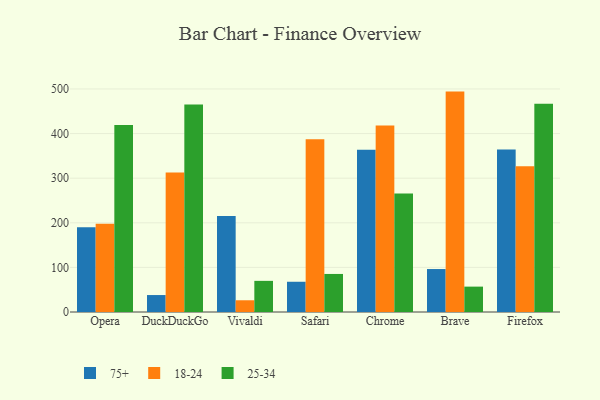
{"axis": {"x": "Browser", "y": "Churn Rate (%)"}, "legend": ["18-24", "25-34", "75+"], "data": [{"x": "Opera", "y": 189.8, "type": "75+"}, {"x": "Opera", "y": 197.9, "type": "18-24"}, {"x": "Opera", "y": 419.3, "type": "25-34"}, {"x": "DuckDuckGo", "y": 38.0, "type": "75+"}, {"x": "DuckDuckGo", "y": 313.0, "type": "18-24"}, {"x": "DuckDuckGo", "y": 465.0, "type": "25-34"}, {"x": "Vivaldi", "y": 215.1, "type": "75+"}, {"x": "Vivaldi", "y": 26.3, "type": "18-24"}, {"x": "Vivaldi", "y": 69.8, "type": "25-34"}, {"x": "Safari", "y": 67.8, "type": "75+"}, {"x": "Safari", "y": 387.4, "type": "18-24"}, {"x": "Safari", "y": 85.3, "type": "25-34"}, {"x": "Chrome", "y": 363.7, "type": "75+"}, {"x": "Chrome", "y": 418.1, "type": "18-24"}, {"x": "Chrome", "y": 265.8, "type": "25-34"}, {"x": "Brave", "y": 96.3, "type": "75+"}, {"x": "Brave", "y": 494.1, "type": "18-24"}, {"x": "Brave", "y": 56.9, "type": "25-34"}, {"x": "Firefox", "y": 364.2, "type": "75+"}, {"x": "Firefox", "y": 326.6, "type": "18-24"}, {"x": "Firefox", "y": 466.7, "type": "25-34"}]}